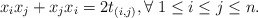
\begin{align*}x_i x_j+x_jx_i= 2 t_{(i,j)}, \forall\; 1\leq i\leq j\leq n.\end{align*}